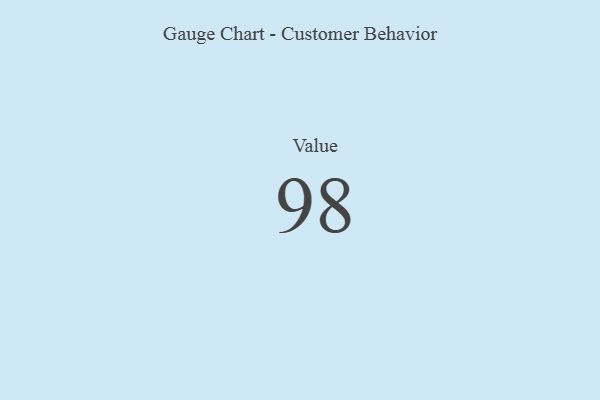
{"axis": {"x": "Metric", "y": "Value"}, "legend": [""], "data": [{"x": "Value", "y": 98, "type": ""}]}